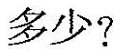
多少?